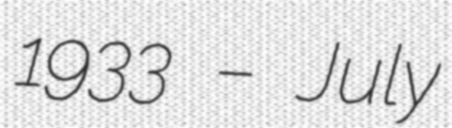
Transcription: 1933 – July